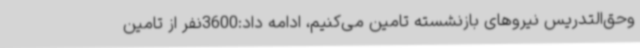
وحق‌التدریس نیروهای بازنشسته تامین می‌کنیم، ادامه داد:3600نفر از تامین